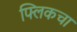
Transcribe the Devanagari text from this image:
फ्लिकचा